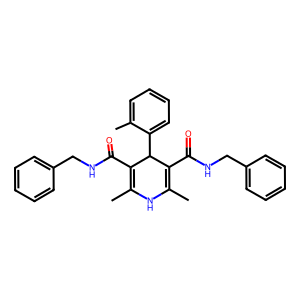
SMILES: CC1=C(C(=O)NCc2ccccc2)C(c2ccccc2C)C(C(=O)NCc2ccccc2)=C(C)N1
Inhibits HIV replication: No